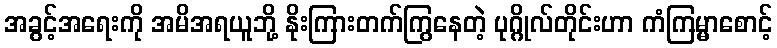
အခွင့်အရေးကို အမိအရယူဘို့ နိုးကြားတက်ကြွနေတဲ့ ပုဂ္ဂိုလ်တိုင်းဟာ ကံကြမ္မာစောင့်